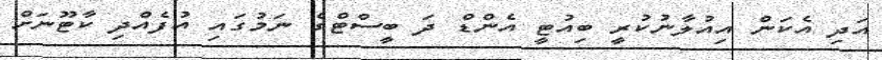
އަދި އެކަން އިއުލާނުކުރީ ބިއުޓީ އެންޑް ދަ ބީސްޓްގެ ނަމުގައި އުފެއްދި ކާޓޫނަށް